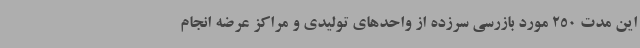
این مدت 250 مورد بازرسی سرزده از واحدهای تولیدی و مراکز عرضه انجام